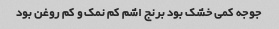
جوجه کمی خشک‌ بود برنج اشم کم نمک و کم روغن بود